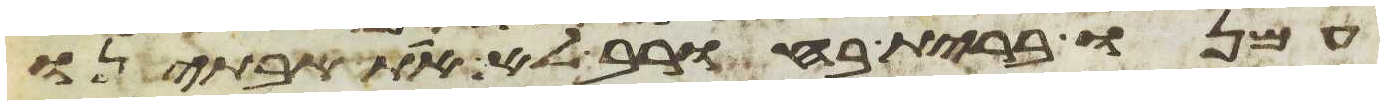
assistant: עמנו ברית בחורב לא את אבתינו